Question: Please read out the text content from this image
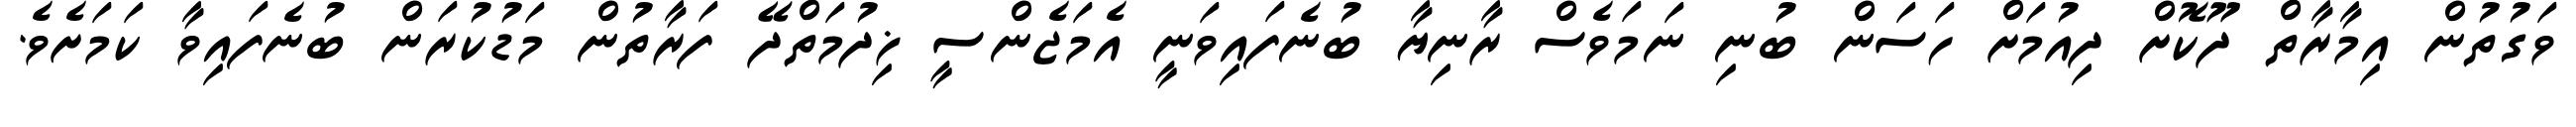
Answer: ވަގުތުން އިމާރާތް ދޫކޮށް ދިއުމަށް ހަސަން ބުނި ނަމަވެސް ރާނިޔާ ބުނެފައިވަނީ އެމަޖެންސީ ޚިދުމަތްދޭ ފަރާތުން މަޑުކުރަން ބުނެފައިވާ ކަމަށެވެ.